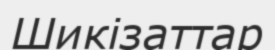
Шикізаттар